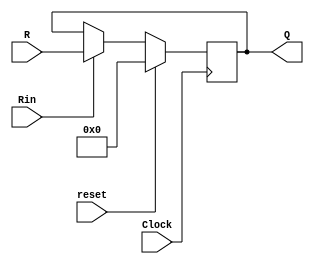
/*
	CEFET-MG
	Disciplina de Laboratrio de Arquitetura e Organizao de Computadores II
	Data: 11/12/2021
	Alunos: Fernando Veizaga e Alanis Castro
*/

module regir(R, Rin, Clock, Q, reset);
	parameter n = 10;
	input [n-1:0] R;
	input Rin, Clock, reset;
	output [n-1:0] Q;
	reg [n-1:0] Q;
	
	initial begin
		Q <= 10'b0;
	end
	
	always @(posedge Clock)
		if(reset == 1'b1)
		begin
			Q <= 10'b0;
		end
		
		else if (Rin)
		begin
			Q <= R;
		end
endmodule